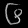
Digit: ၆